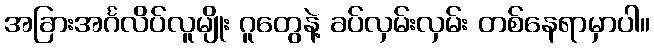
အခြားအင်္ဂလိပ်လူမျိုး ဂူတွေနဲ့ ခပ်လှမ်းလှမ်း တစ်နေရာမှာပါ။